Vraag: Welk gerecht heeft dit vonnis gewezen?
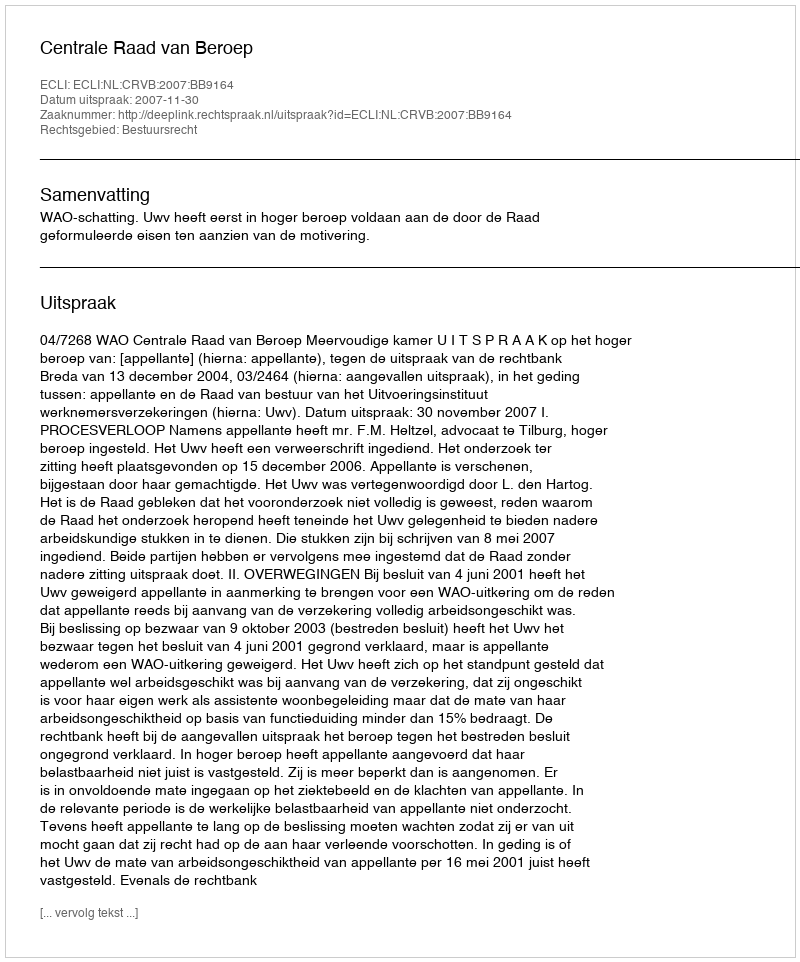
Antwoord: Centrale Raad van Beroep